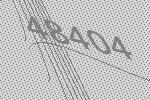
48404